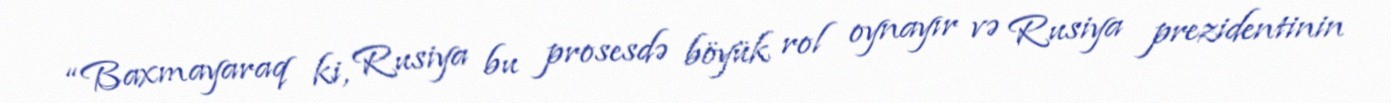
“Baxmayaraq ki, Rusiya bu prosesdə böyük rol oynayır və Rusiya prezidentinin